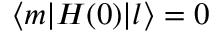
\langle m | H ( 0 ) | l \rangle = 0